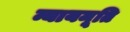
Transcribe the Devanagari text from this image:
न्यायमूति